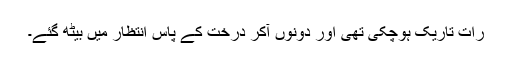
رات تاریک ہوچکی تھی اور دونوں آکر درخت کے پاس انتظار میں بیٹھ گئے۔